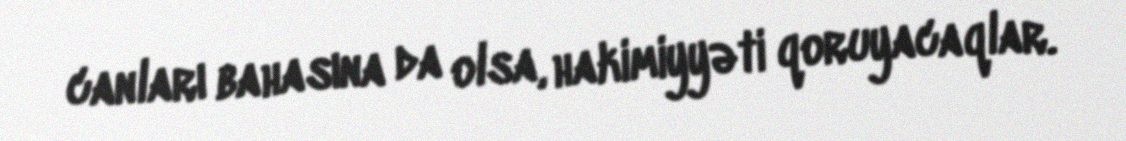
canları bahasına da olsa, hakimiyyəti qoruyacaqlar.